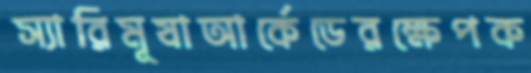
স্যারিমূষাআর্কেডেরক্ষেপক